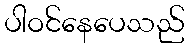
ပါဝင်နေပေသည်